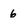
Character: 6